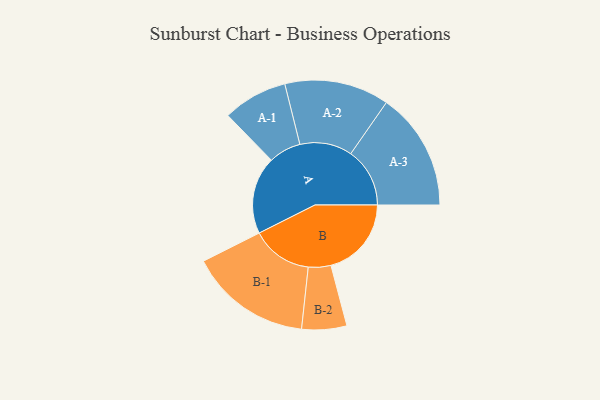
{"axis": {"x": "Segment", "y": "Value"}, "legend": ["", "A", "B"], "data": [{"x": "A", "y": 369, "type": ""}, {"x": "B", "y": 383, "type": ""}, {"x": "A-1", "y": 154, "type": "A"}, {"x": "A-2", "y": 249, "type": "A"}, {"x": "A-3", "y": 281, "type": "A"}, {"x": "B-1", "y": 291, "type": "B"}, {"x": "B-2", "y": 107, "type": "B"}]}